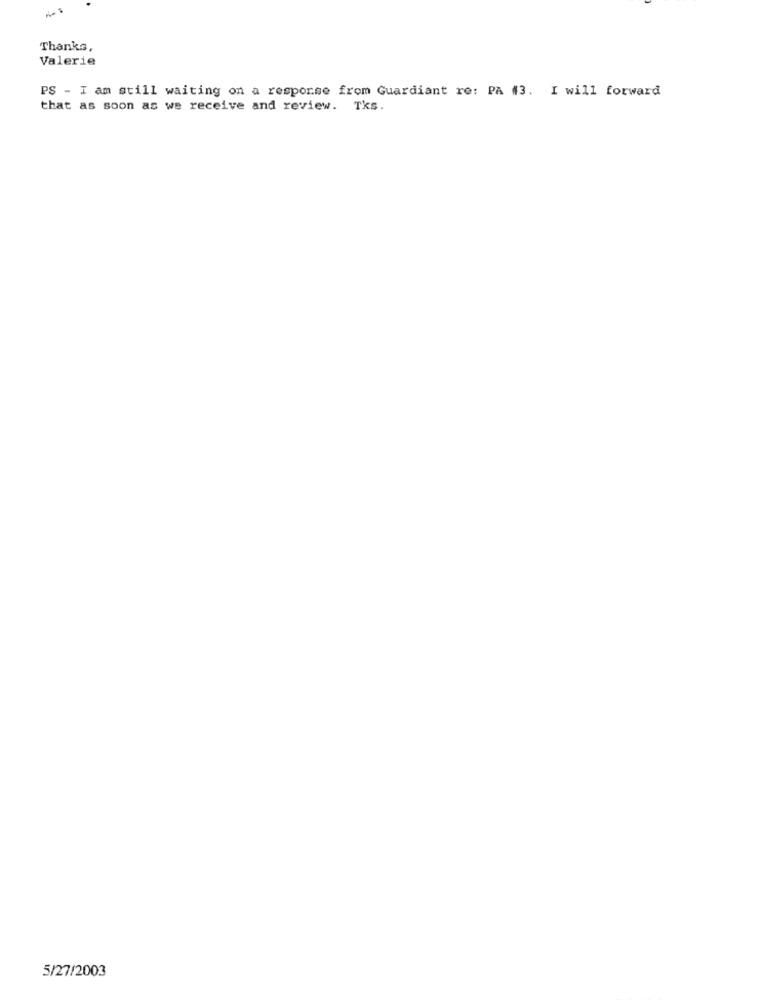
Thanks,
Valerie
PS - I am still waiting on a response from Guardiant re: PA #3. I will forward
that as soon as we receive and review. Tks.
5/27/2003